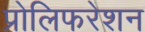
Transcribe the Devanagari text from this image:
प्रोलिफरेशन